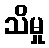
သိမှု